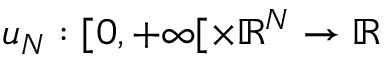
u _ { N } : [ 0 , + \infty [ \times \mathbb { R } ^ { N } \to \mathbb { R }